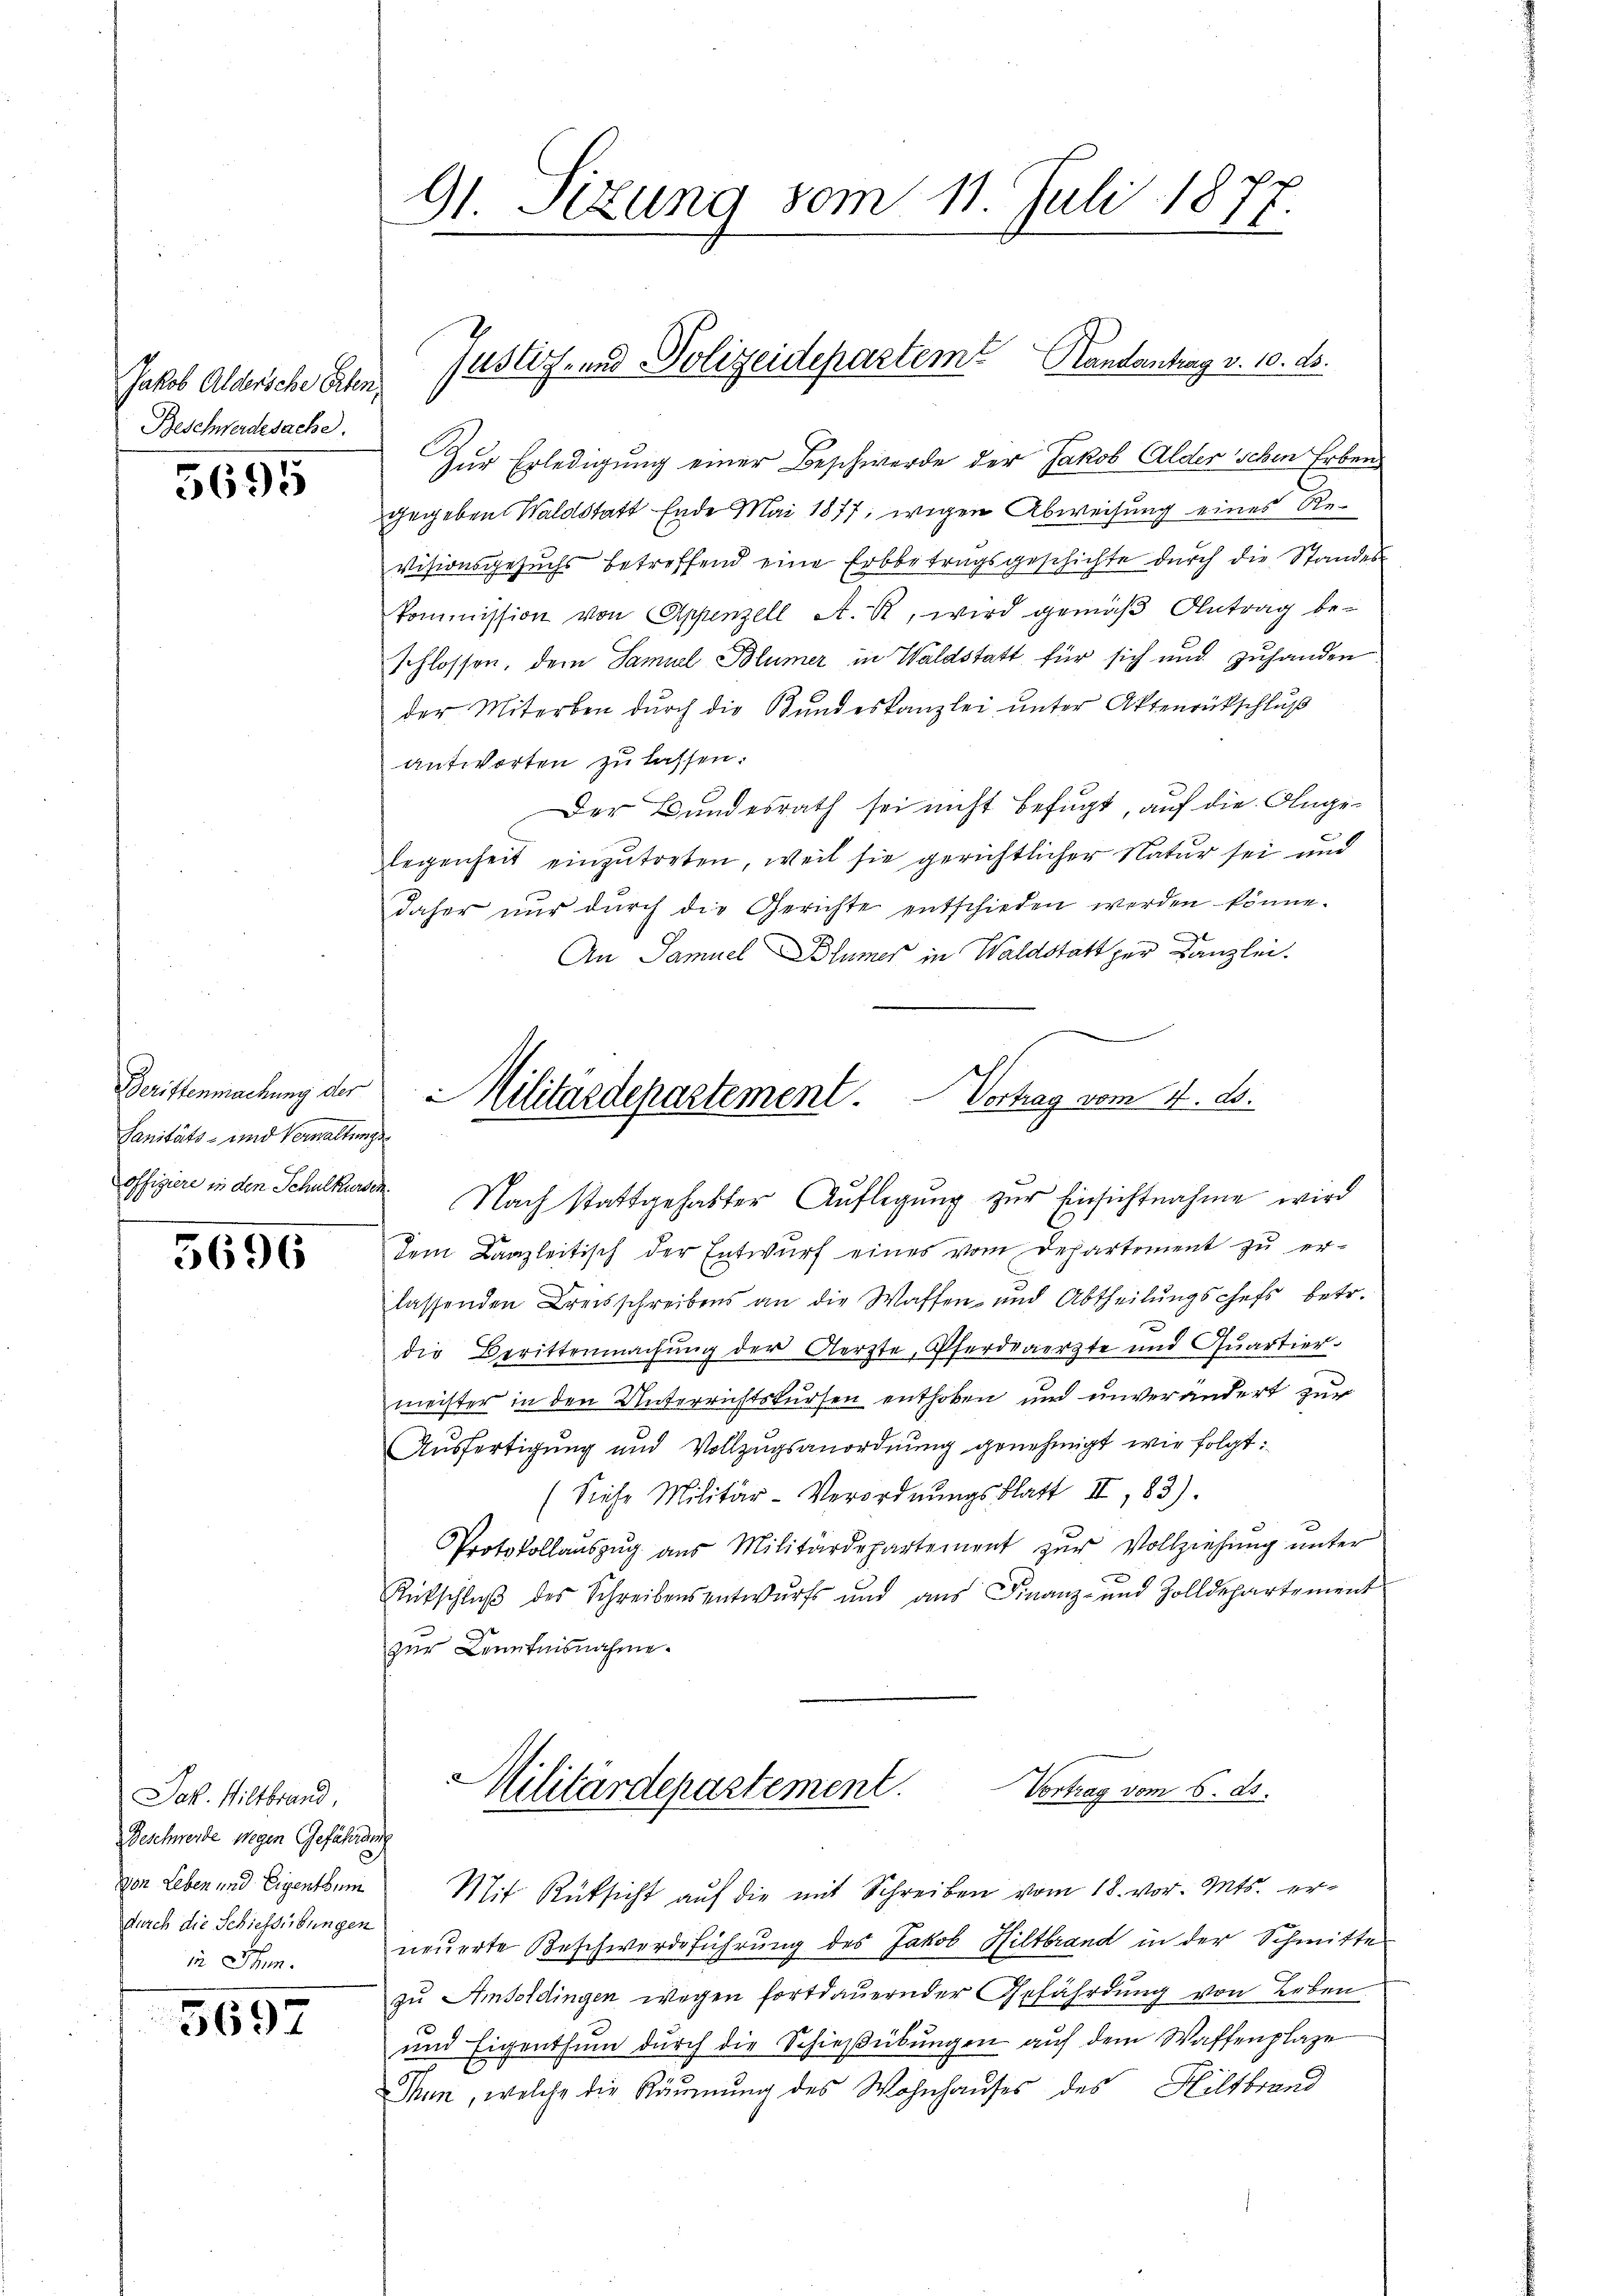
Jakob Aldersche Erben,
Beschwerdesache.

5695

Derittenmachung der
Sanitäts- und Verwaltungsoffigiere in den Schulkunden.

5696

Jak. Wiltbrand,
Geschwerde wegen Gefährdung
ven Leben und Eigenthum
durch die Schiessübungen
in Thun.

5697

Zur Erledigung einer Beschwerde der Jakob Alder schen Erben
gegeben Waldstatt Ende Mai 1877, wegen Abweisung eines Revisionsgesuchs betreffend eine Erbbetragsgeschichte durch die Standes
kommission von Appenzell A. R., wird gemäß Antrag be-
schlossen, dem Samuel Blümer in Waldstatt für sich und zuhanden
der Miterben dŭrch die Bundeskanzlei ŭnter Aktenrückschluß
antworten zu lassen.
Der Bundesrath sei nicht befugt, auf die Angelegenheit einzutreten, weil sie gerichtlicher Natur sei und
daher nŭr dŭrch die Gerichte entschieden werden könne.
An Samuel Blümer in Waldstatt zur Kanzlei.
Militärdepartement Vertrag vom 4. ds.

91. Sizung vom 11. Juli 1877.

Justiz- und Polizeidepartem Handantrag v. 10. ds.

Nach stattgehabter Auflegung zur Einsichtnahme wird
dem Kanzleitisch der Entwurf eines vom Departement zu erlassenden Kreisschreibens an die Waffen- und Abtheilungschefs betr.
r
die Berittenmachung der Aerzte, Pferdearzte und Quartier.
meister in den Unterrichtskursen enthoben und unverändert zur
Ausfertigung und Vollzŭgsanordnung genehmigt wir folgt:
(Siehe Militär Verordnŭngsblatt II, 83).
Protokollaŭszŭg aŭs Militärdepartement zŭr Vollziehŭng ŭnter
Rückschluß des Schreibensentwurfs und aus Finanz- und Zolldepartement
zur Kenntnisnahme.

2
Militärdepartement.
Vortrag vom 6. ds.
Mit Rüksicht auf die mit Schreiben vom 18. vor. Mts. er¬

neuerte Beschwerdeführung des Jakob Hiltbrand in der Schmitte
zu Amsoldingen wegen fortdauernder Gefährdung von Leben
und Eigenthum durch die Schießübungen auf dem Waffenplaze
Thun, welche die Räumung des Wohnhauses des Hiltbrand